Bréfritari: Friðbjörn Bjarnarson
Viðtakandi: Einar Friðgeirsson
Dagsetning: A-1878-01-30
Skrifað á: Möðruvöllum  Eyf.

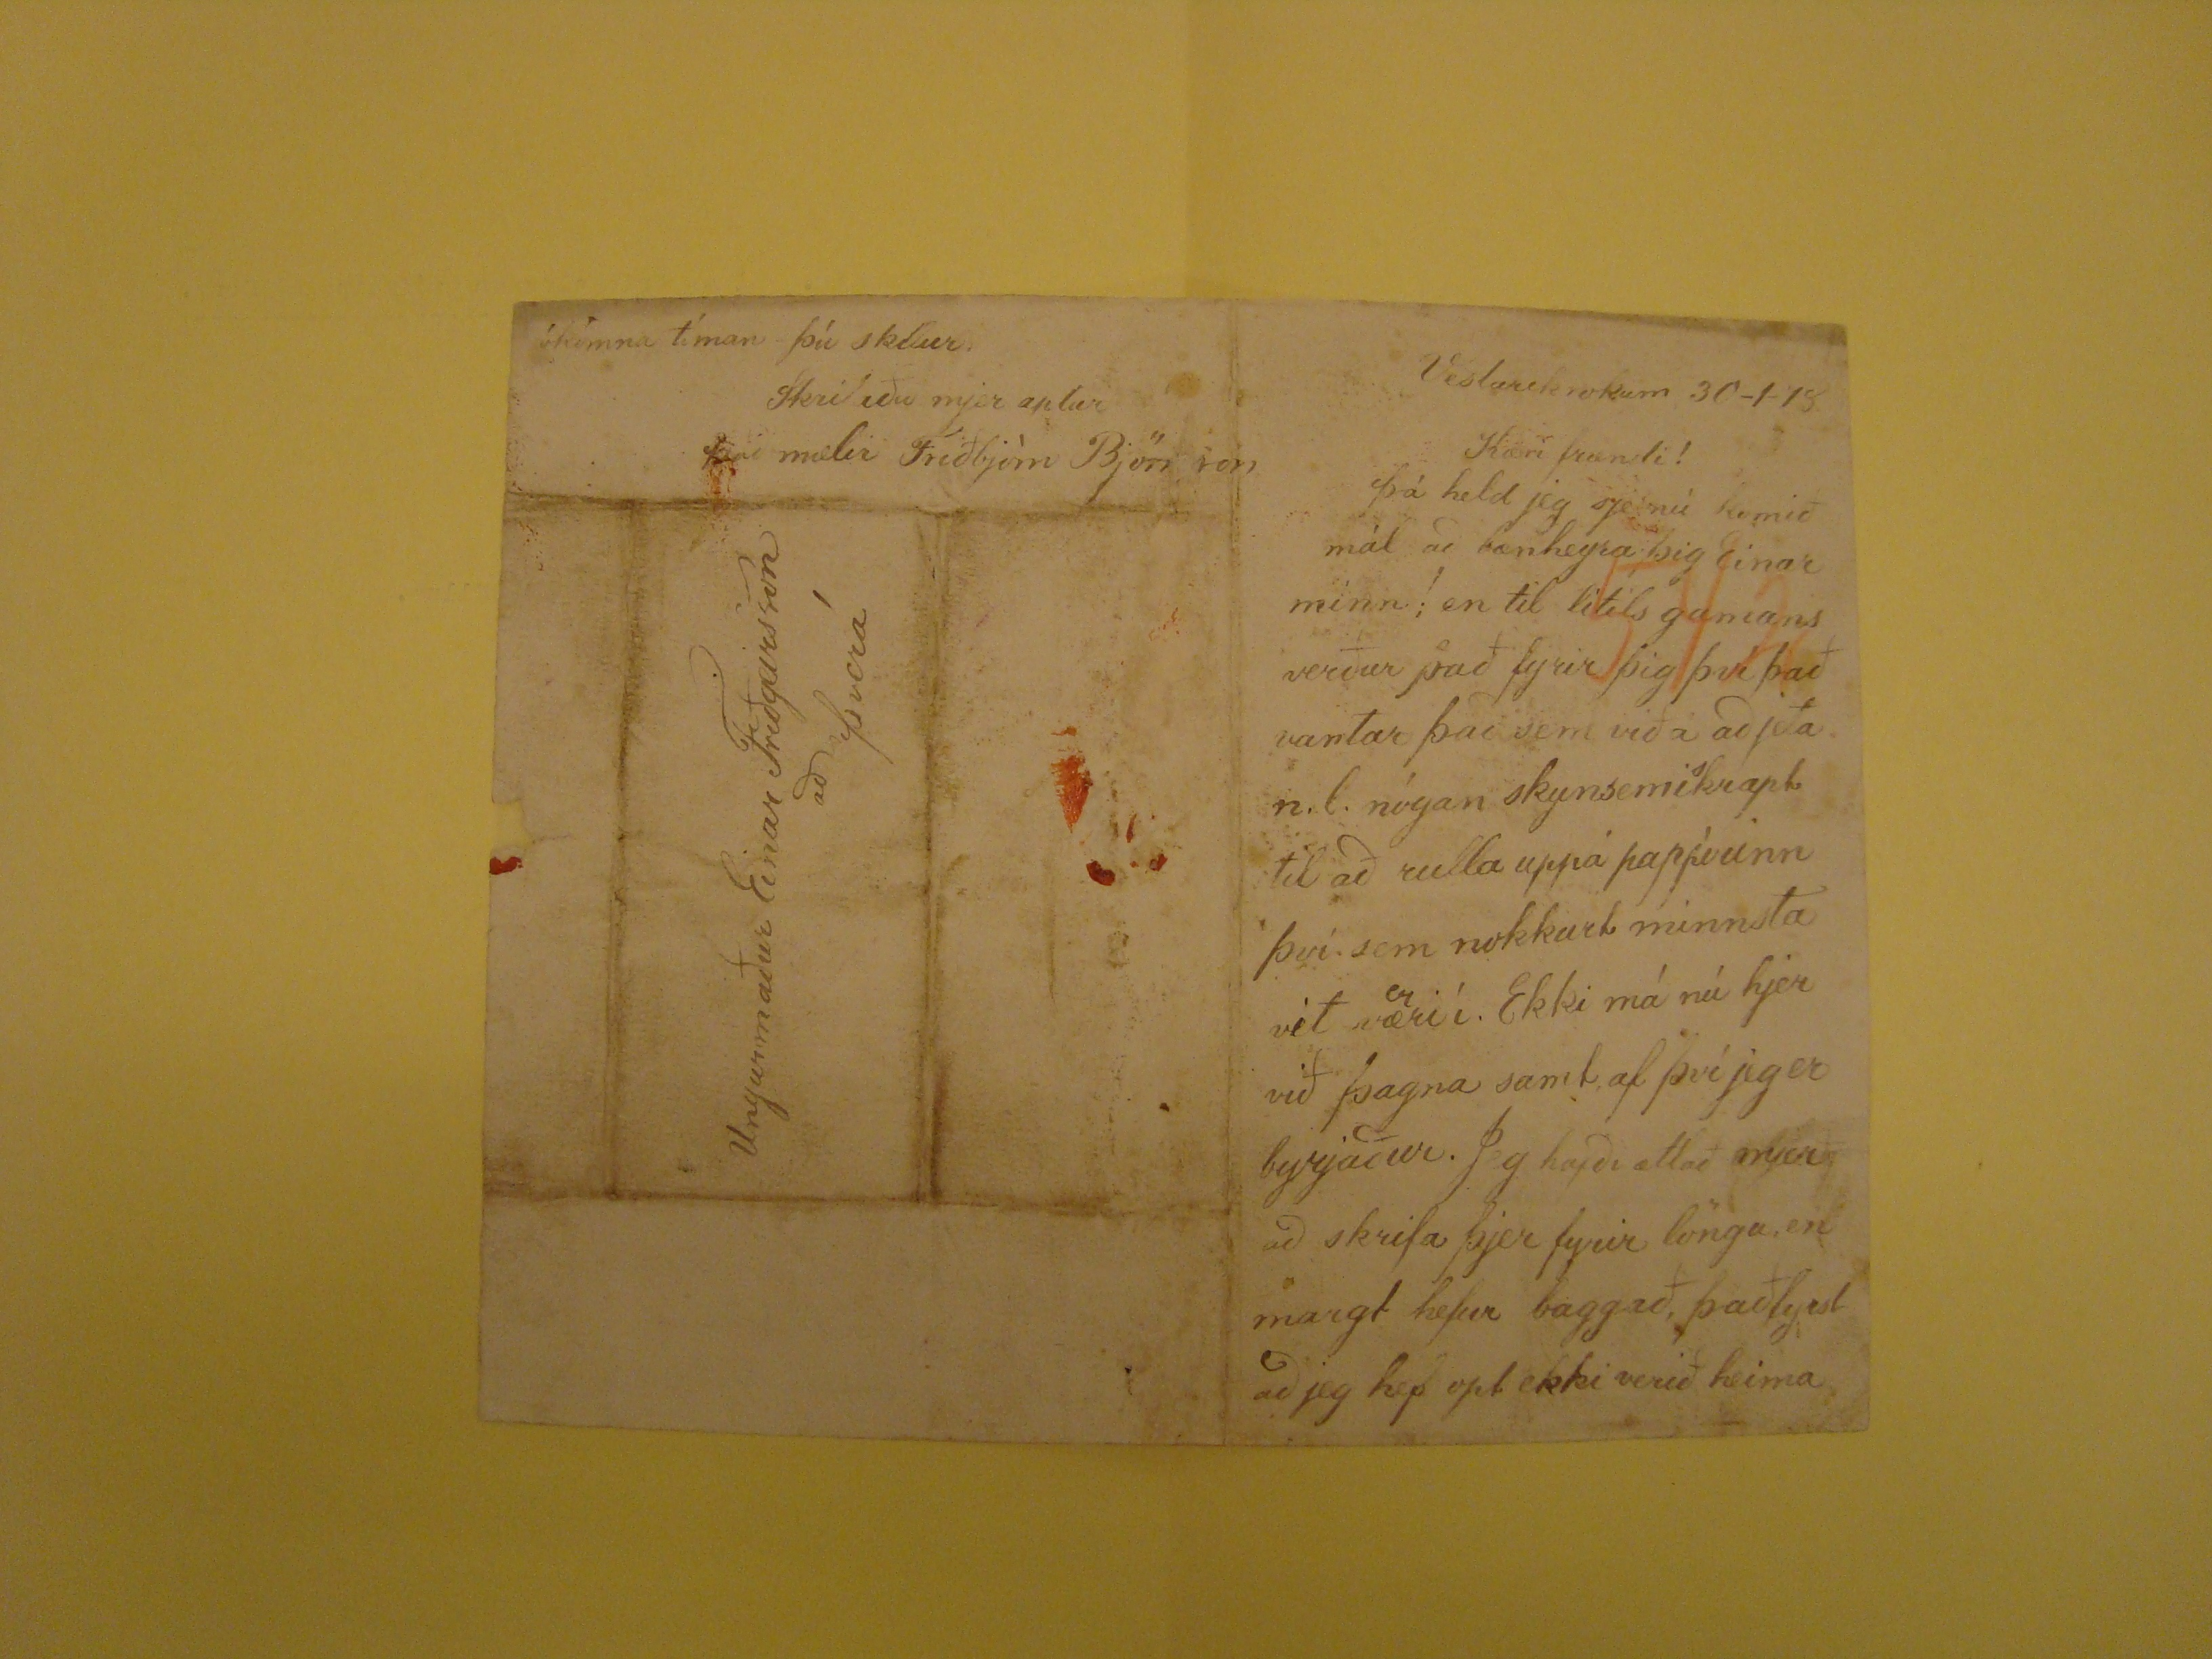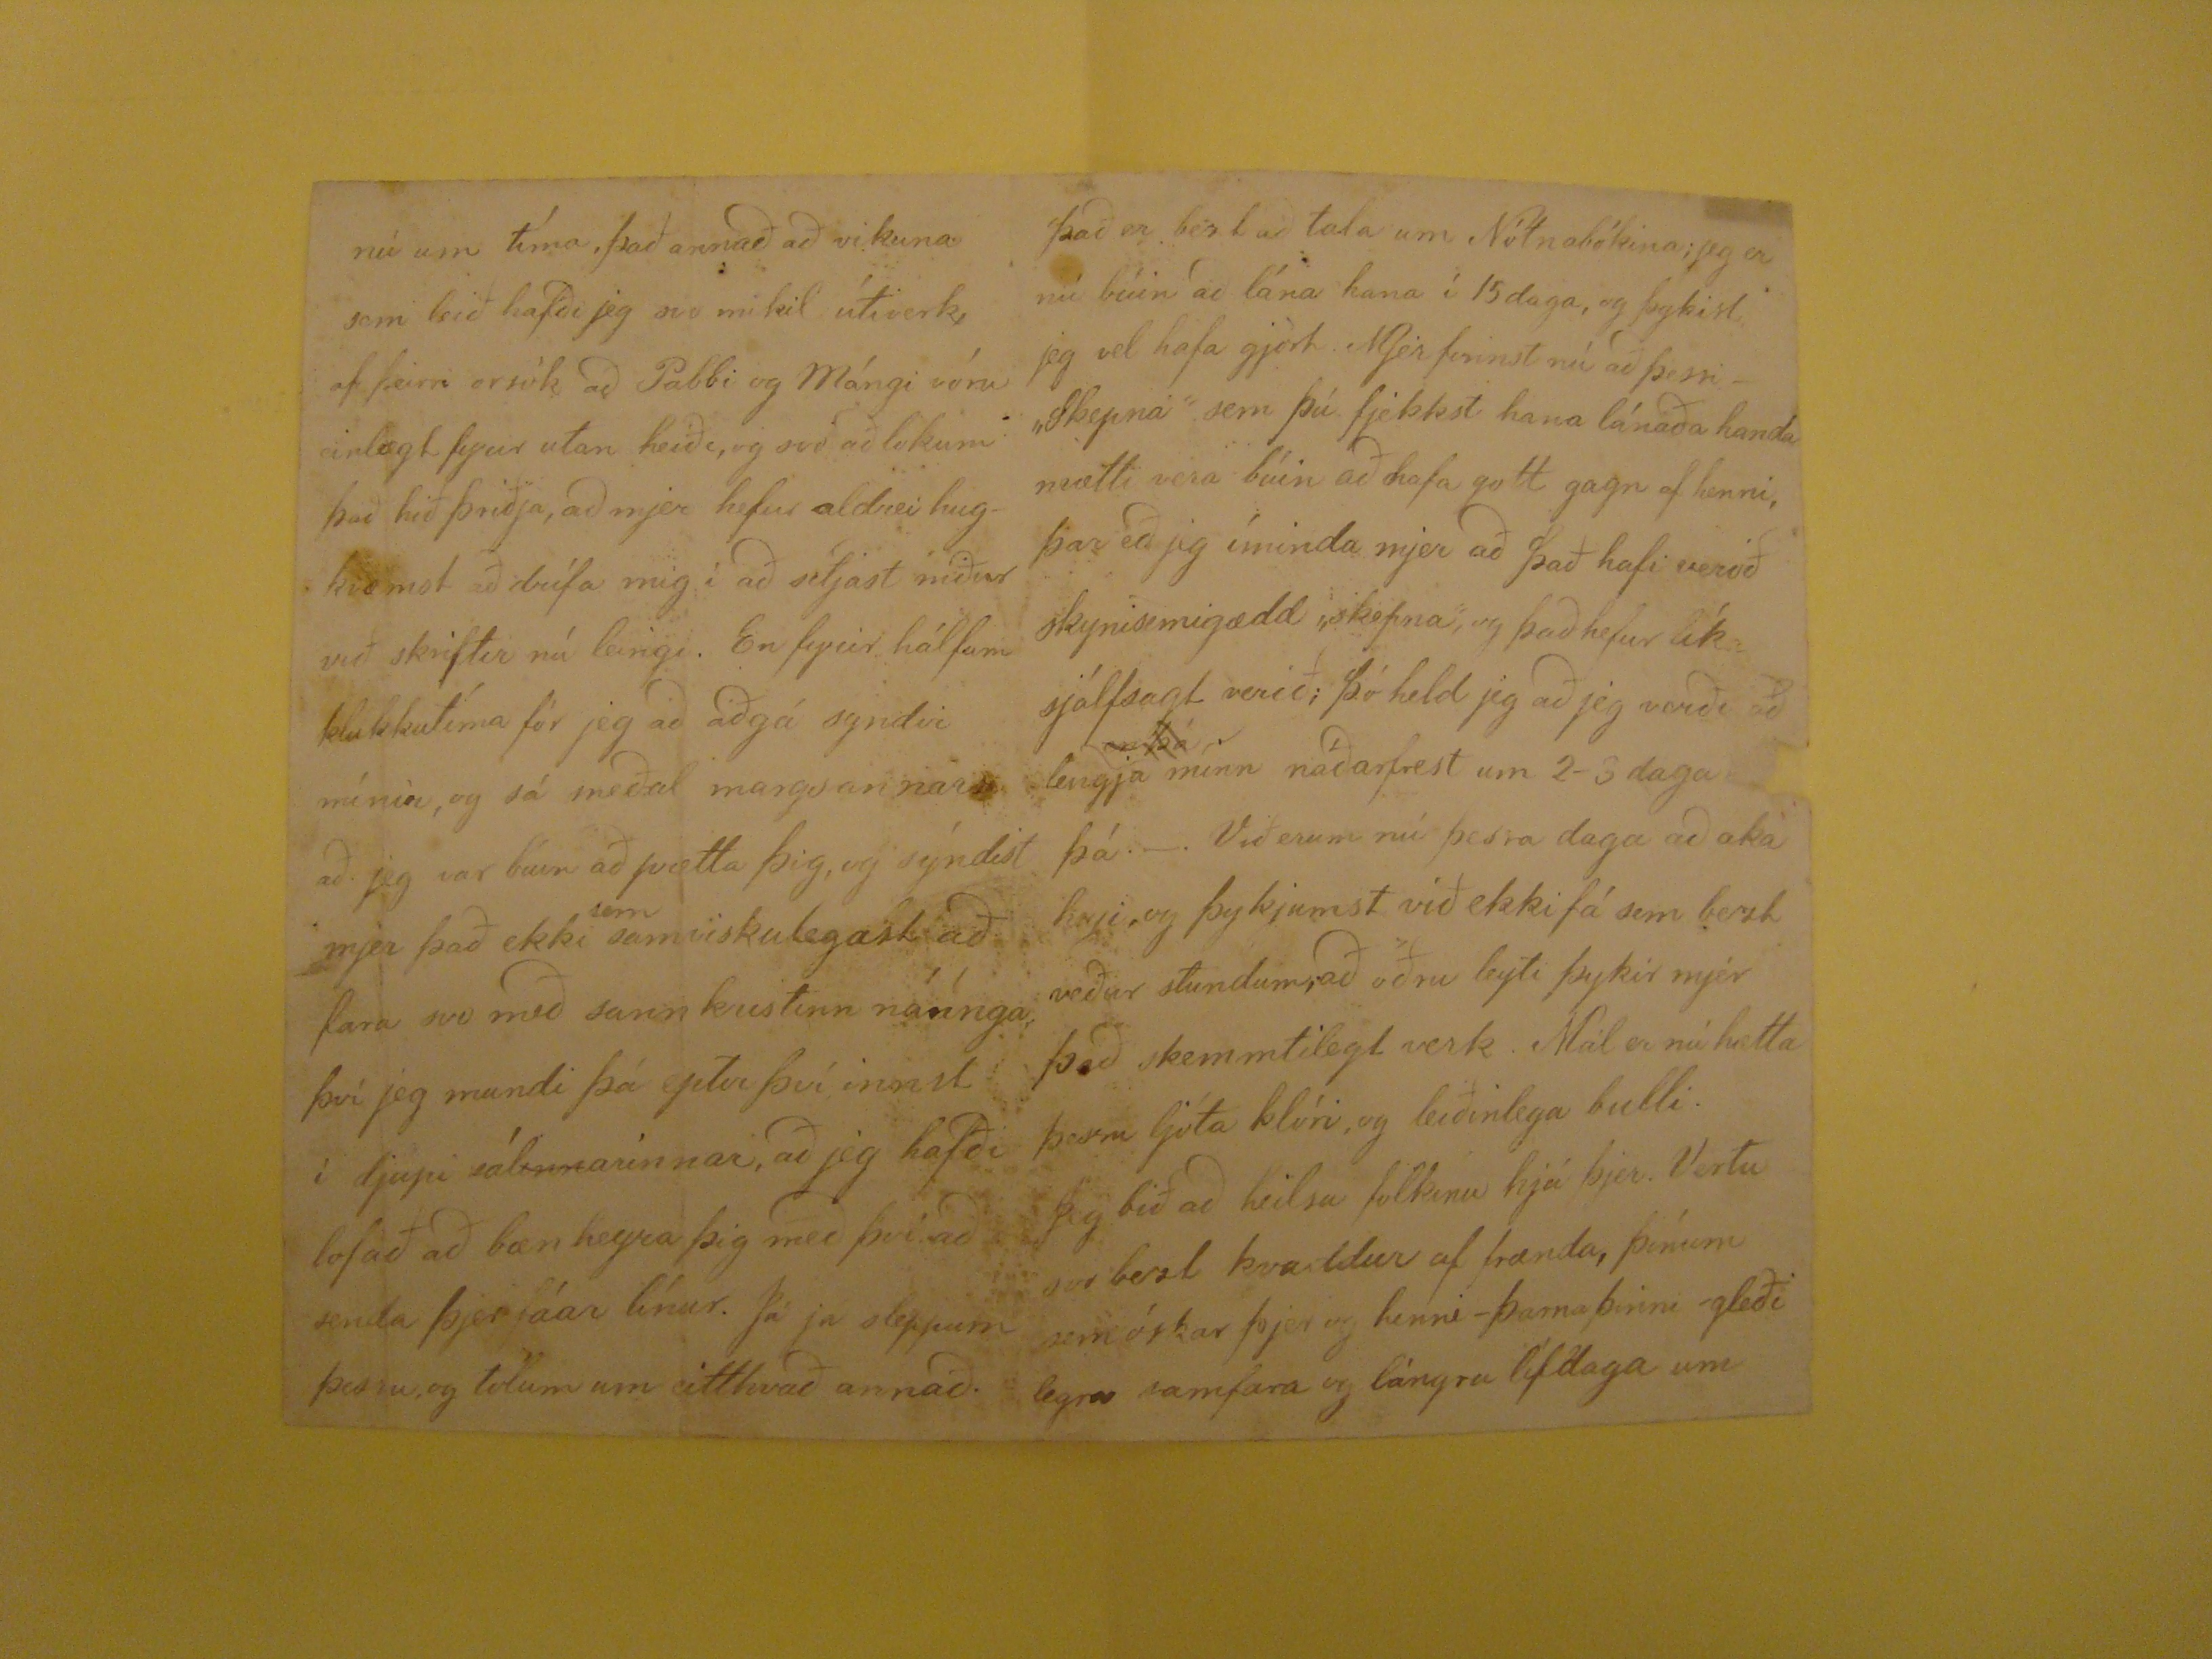

Vestarekrokum 30-1-78
Kæri frændi!
Þá held jeg sje nú komið mál að bænheyra þig Einar minn
!
en til lítils gamans verður það fyrir þig því það vantar það sem við á að jeta
n.l. nógan skynsemiskrapt til að rulla uppá pappírinn því sem nokkurt minnsta vit væri
er
í. Ekki má nú hjer við
þagna samt af því jeg er byrjaður. Jeg hafði ætlað mjer að skrifa þjer fyrir löngul, en margt hefur baggað,
þaðlyesl
að jeg hef opt ekki verið
heima
nú um tíma, það annað að vikuna sem leið hafði jeg svo mikil útiverk, af þeirri orsök að Pabbi og Mángi vóru einlægt fyrir utan heiðe, og svo að lokum það hið
þriðja, að mjer hefur aldrei hugkvæmst að drífa mig í að setjast niður við skriftir nú leingi. En fyrir hálfum klukkutíma fór jeg að aðgá syndir mínar, og sá meðal
margs annars að jeg var búin að pætta þig, og sýndist mjer það ekki
sem
samviskulegast að fara svo með sann
kristinn náúnga því jeg mundi þá eptir því innst í djupi sál
inn
arínnar, að jeg hafði lofað að bæn heyra þig með því að
senda þjer fáar línur. Já já sleppum þessu, og tolum um eitthvað annað.
það er bezt að tala um Nótnabókina; jeg er nú búin að lána hana í 15 daga, og þykist jeg vel hafa gjört. Mjer finnst nú að þessi - "Skepna" sem þú fjekkst hana
lánaða handa mætti vera búin að hafa gott gagn af henni þar eð jeg íminda mjer að það hafi verið skynsemigædd "skepna", og það hefur líka sjálfsagt verið; þó
held jeg að jeg verði að lengja
en þá
minn náðarfrest um 2-3 daga
þá.-. Við erum nú þesra daga að aka heyi, og þykjumst við ekki fá sem bezt veður stundum;að öðru leyti þykir mjer það skemmtilegt verk. Mál er nú hætta þessu
ljóta klóri, og leiðinlega bulli. Jeg bið að heilsa folkinu hjá þjer. Vertu svo bezt kvaddur af frænda, þínum sem óskar þjer og henni - þarna þinni - gleðilegra samfara og
lángra lífdaga um
ókomna tíma þú skilur.
Skrifaðu mjer aptur
það mælir Friðbjörn Björnson
Ungurmaður Einar Friðgeirsson
að Þverá